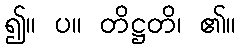
၍။ ပ။ တိဋ္ဌတိ၊ ၏။